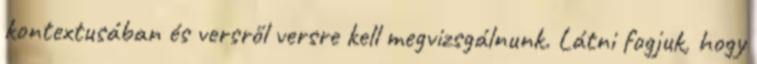
kontextusában és versről versre kell megvizsgálnunk. Látni fogjuk, hogy